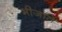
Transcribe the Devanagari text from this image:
भीजति